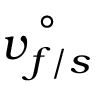
\overset { \circ } { \boldsymbol { v } _ { f / s } }